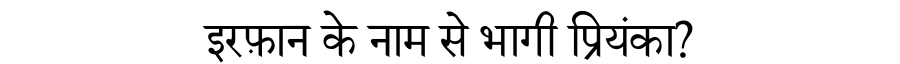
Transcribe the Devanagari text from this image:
इरफ़ान के नाम से भागी प्रियंका?